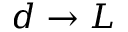
d \to L